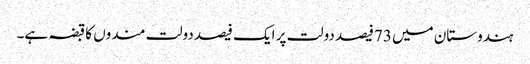
ہندوستان میں 73فیصد دولت پر ایک فیصد دولت مندوں کا قبضہ ہے۔